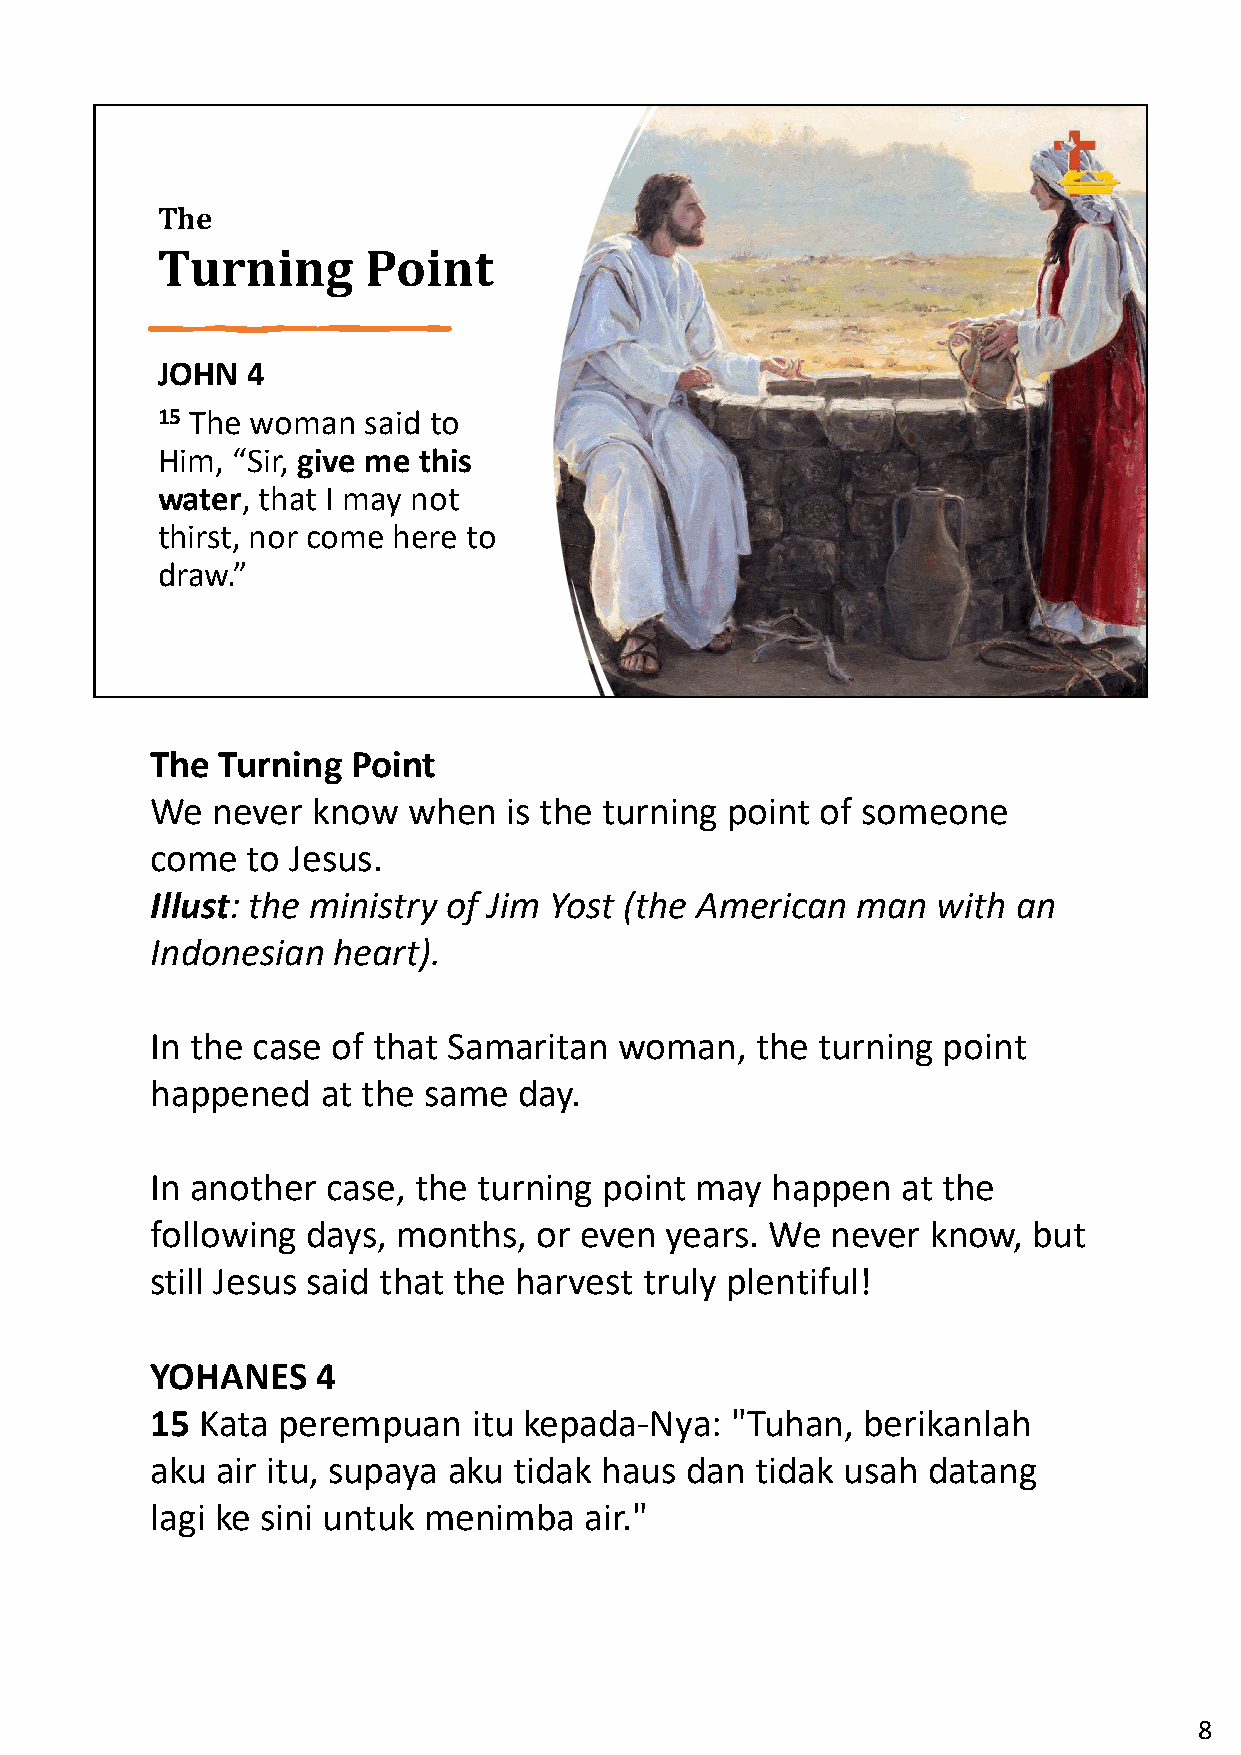
The
 Turning       Point
 JOHN  4
 15 The woman  said to
 Him, “Sir, give me this
 water, that I may not
 thirst, nor come here to
 draw.”
 The Turning  Point
 We  never  know  when  is the turning point of someone
 come  to Jesus.
 Illust: the ministry of Jim Yost (the American man  with an
 Indonesian  heart).
 In the case of that Samaritan  woman,   the turning point
 happened   at the same  day.
 In another  case, the turning point may  happen   at the
 following days, months,  or even  years. We  never  know, but
 still Jesus said that the harvest truly plentiful!
 YOHANES    4
 15 Kata perempuan    itu kepada-Nya:  "Tuhan,  berikanlah
 aku air itu, supaya aku tidak haus dan  tidak usah datang
 lagi ke sini untuk menimba   air."
 8